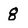
Character: 8